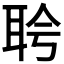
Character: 𬚔